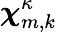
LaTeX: {\boldsymbol{\chi}}_{m,k}^{\kappa}